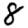
Digit: 8